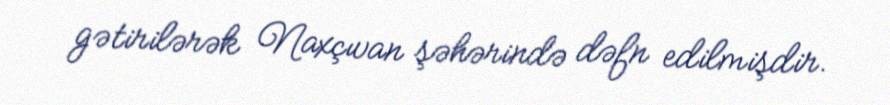
gətirilərək Naxçıvan şəhərində dəfn edilmişdir.